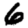
Digit: 6